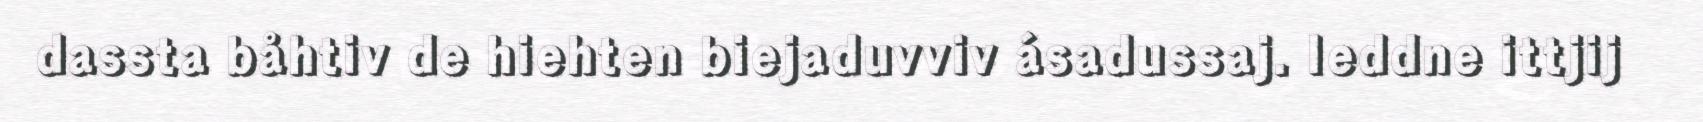
dassta båhtiv de hiehten biejaduvviv ásadussaj. Ieddne ittjij